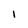
Character: I